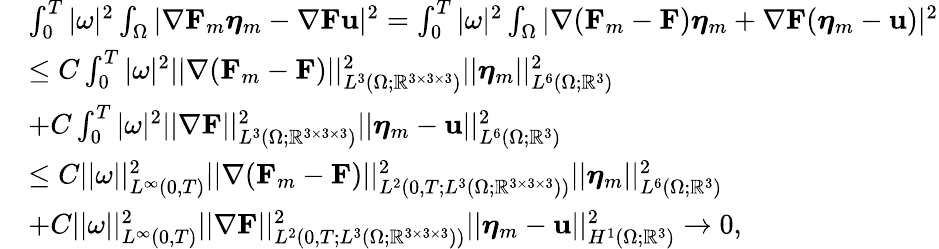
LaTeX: \begin{array}{rl}&{\int_{0}^{T}|\omega|^{2}\int_{\Omega}|\nabla\mathbf{F}_{m}\boldsymbol{\eta}_{m}-\nabla\mathbf{F}\mathbf{u}|^{2}=\int_{0}^{T}|\omega|^{2}\int_{\Omega}|\nabla(\mathbf{F}_{m}-\mathbf{F})\boldsymbol{\eta}_{m}+\nabla\mathbf{F}(\boldsymbol{\eta}_{m}-\mathbf{u})|^{2}}\\ &{\leq C\int_{0}^{T}|\omega|^{2}||\nabla(\mathbf{F}_{m}-\mathbf{F})||_{L^{3}(\Omega;\mathbb{R}^{3\times 3\times 3})}^{2}||\boldsymbol{\eta}_{m}||_{L^{6}(\Omega;\mathbb{R}^{3})}^{2}}\\ &{+C\int_{0}^{T}|\omega|^{2}||\nabla\mathbf{F}||_{L^{3}(\Omega;\mathbb{R}^{3\times 3\times 3})}^{2}||\boldsymbol{\eta}_{m}-\mathbf{u}||_{L^{6}(\Omega;\mathbb{R}^{3})}^{2}}\\ &{\leq C||\omega||_{L^{\infty}(0,T)}^{2}||\nabla(\mathbf{F}_{m}-\mathbf{F})||_{L^{2}(0,T;L^{3}(\Omega;\mathbb{R}^{3\times 3\times 3}))}^{2}||\boldsymbol{\eta}_{m}||_{L^{6}(\Omega;\mathbb{R}^{3})}^{2}}\\ &{+C||\omega||_{L^{\infty}(0,T)}^{2}||\nabla\mathbf{F}||_{L^{2}(0,T;L^{3}(\Omega;\mathbb{R}^{3\times 3\times 3}))}^{2}||\boldsymbol{\eta}_{m}-\mathbf{u}||_{H^{1}(\Omega;\mathbb{R}^{3})}^{2}\to 0,}\end{array}